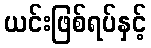
ယင်းဖြစ်ရပ်နှင့်